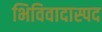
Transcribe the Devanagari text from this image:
भिविवादास्पद